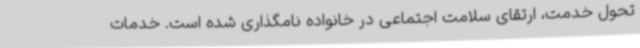
تحول خدمت، ارتقای سلامت اجتماعی در خانواده نامگذاری شده است. خدمات